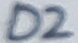
Text: D2